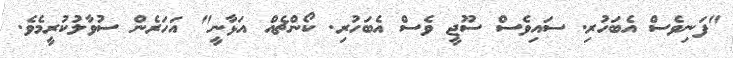
"ފަނިވެސް އެބަހުރި. ސައިވެސް ސޫޖީ ވެސް އެބަހުރި. ކޯންޗެއް އަޅާނީ" އަހަރެން ސުވާލުކުރީމެވެ.